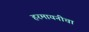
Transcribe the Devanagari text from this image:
हरमायनीचा